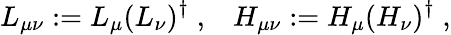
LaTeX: L_{\mu\nu}:=L_{\mu}(L_{\nu})^{\dagger}\; ,\; \; \; H_{\mu\nu}:=H_{\mu}(H_{\nu})^{\dagger}\; ,